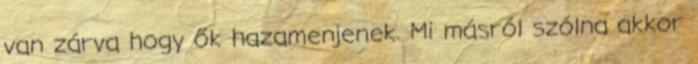
van zárva hogy ők hazamenjenek. Mi másról szólna akkor